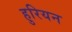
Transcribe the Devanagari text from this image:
हुरियन